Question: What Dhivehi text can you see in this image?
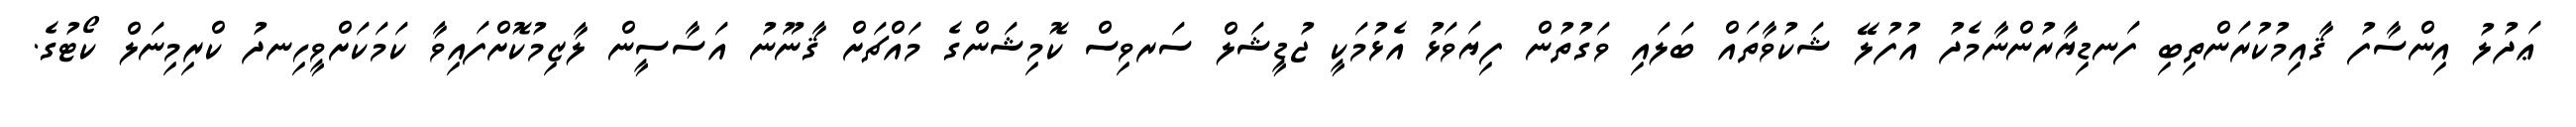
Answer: ޢަދުލު އިންސާފު ޤާއިމުކުރަންތިބި ފަނޑިޔާރުންނާމެދު އުފުލޭ ޝަކުވާތައް ބަލައި ވަގުތުން ފިޔަވަޅު އެޅުމަކީ ޖުޑީޝަލް ސަރވިސް ކޮމިޝަންގެ މައްޗަށް ޤާނޫނު އަސާސީން ލާޒިމުކޮށްފައިވާ ކަމަކަށްވީހިނދު ކްރިމިނަލް ކޯޓުގެ.